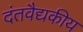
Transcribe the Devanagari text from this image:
दंतवैद्यकीय